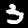
Label: 3